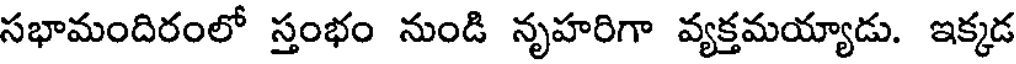
సభామందిరంలో స్తంభం నుండి నృహరిగా వ్యక్తమయ్యాడు. ఇక్కడ